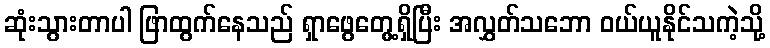
ဆုံးသွားတာပါ ဖြာထွက်နေသည် ရှာဖွေတွေ့ရှိပြီး အလွှတ်သဘော ဝယ်ယူနိုင်သကဲ့သို့